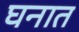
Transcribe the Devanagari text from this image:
घनात